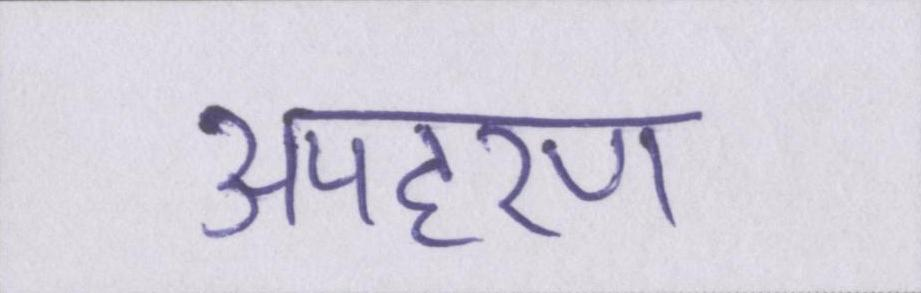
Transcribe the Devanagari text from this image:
अपहरण